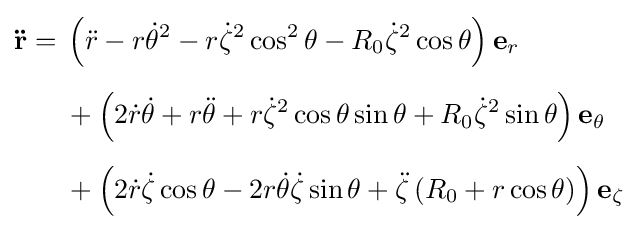
{\begin{aligned}\mathbf {\ddot {r}} ={}&\left({\ddot {r}}-r{\dot {\theta }}^{2}-r{\dot {\zeta }}^{2}\cos ^{2}\theta -R_{0}{\dot {\zeta }}^{2}\cos \theta \right)\mathbf {e} _{r}\\[5pt]&{}+\left(2{\dot {r}}{\dot {\theta }}+r{\ddot {\theta }}+r{\dot {\zeta }}^{2}\cos \theta \sin \theta +R_{0}{\dot {\zeta }}^{2}\sin \theta \right)\mathbf {e} _{\theta }\\[5pt]&{}+\left(2{\dot {r}}{\dot {\zeta }}\cos \theta -2r{\dot {\theta }}{\dot {\zeta }}\sin \theta +{\ddot {\zeta }}\left(R_{0}+r\cos \theta \right)\right)\mathbf {e} _{\zeta }\end{aligned}}